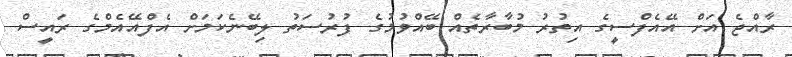
ރާއްޖެ އަށް އޭއެފްސީގެ އިތުރު މުބާރާތެއް ބޭއްވުމުގެ ފުރުސަތު ލިބޭނެކަމަށް އެފްއޭއެމްގެ ރައީސް